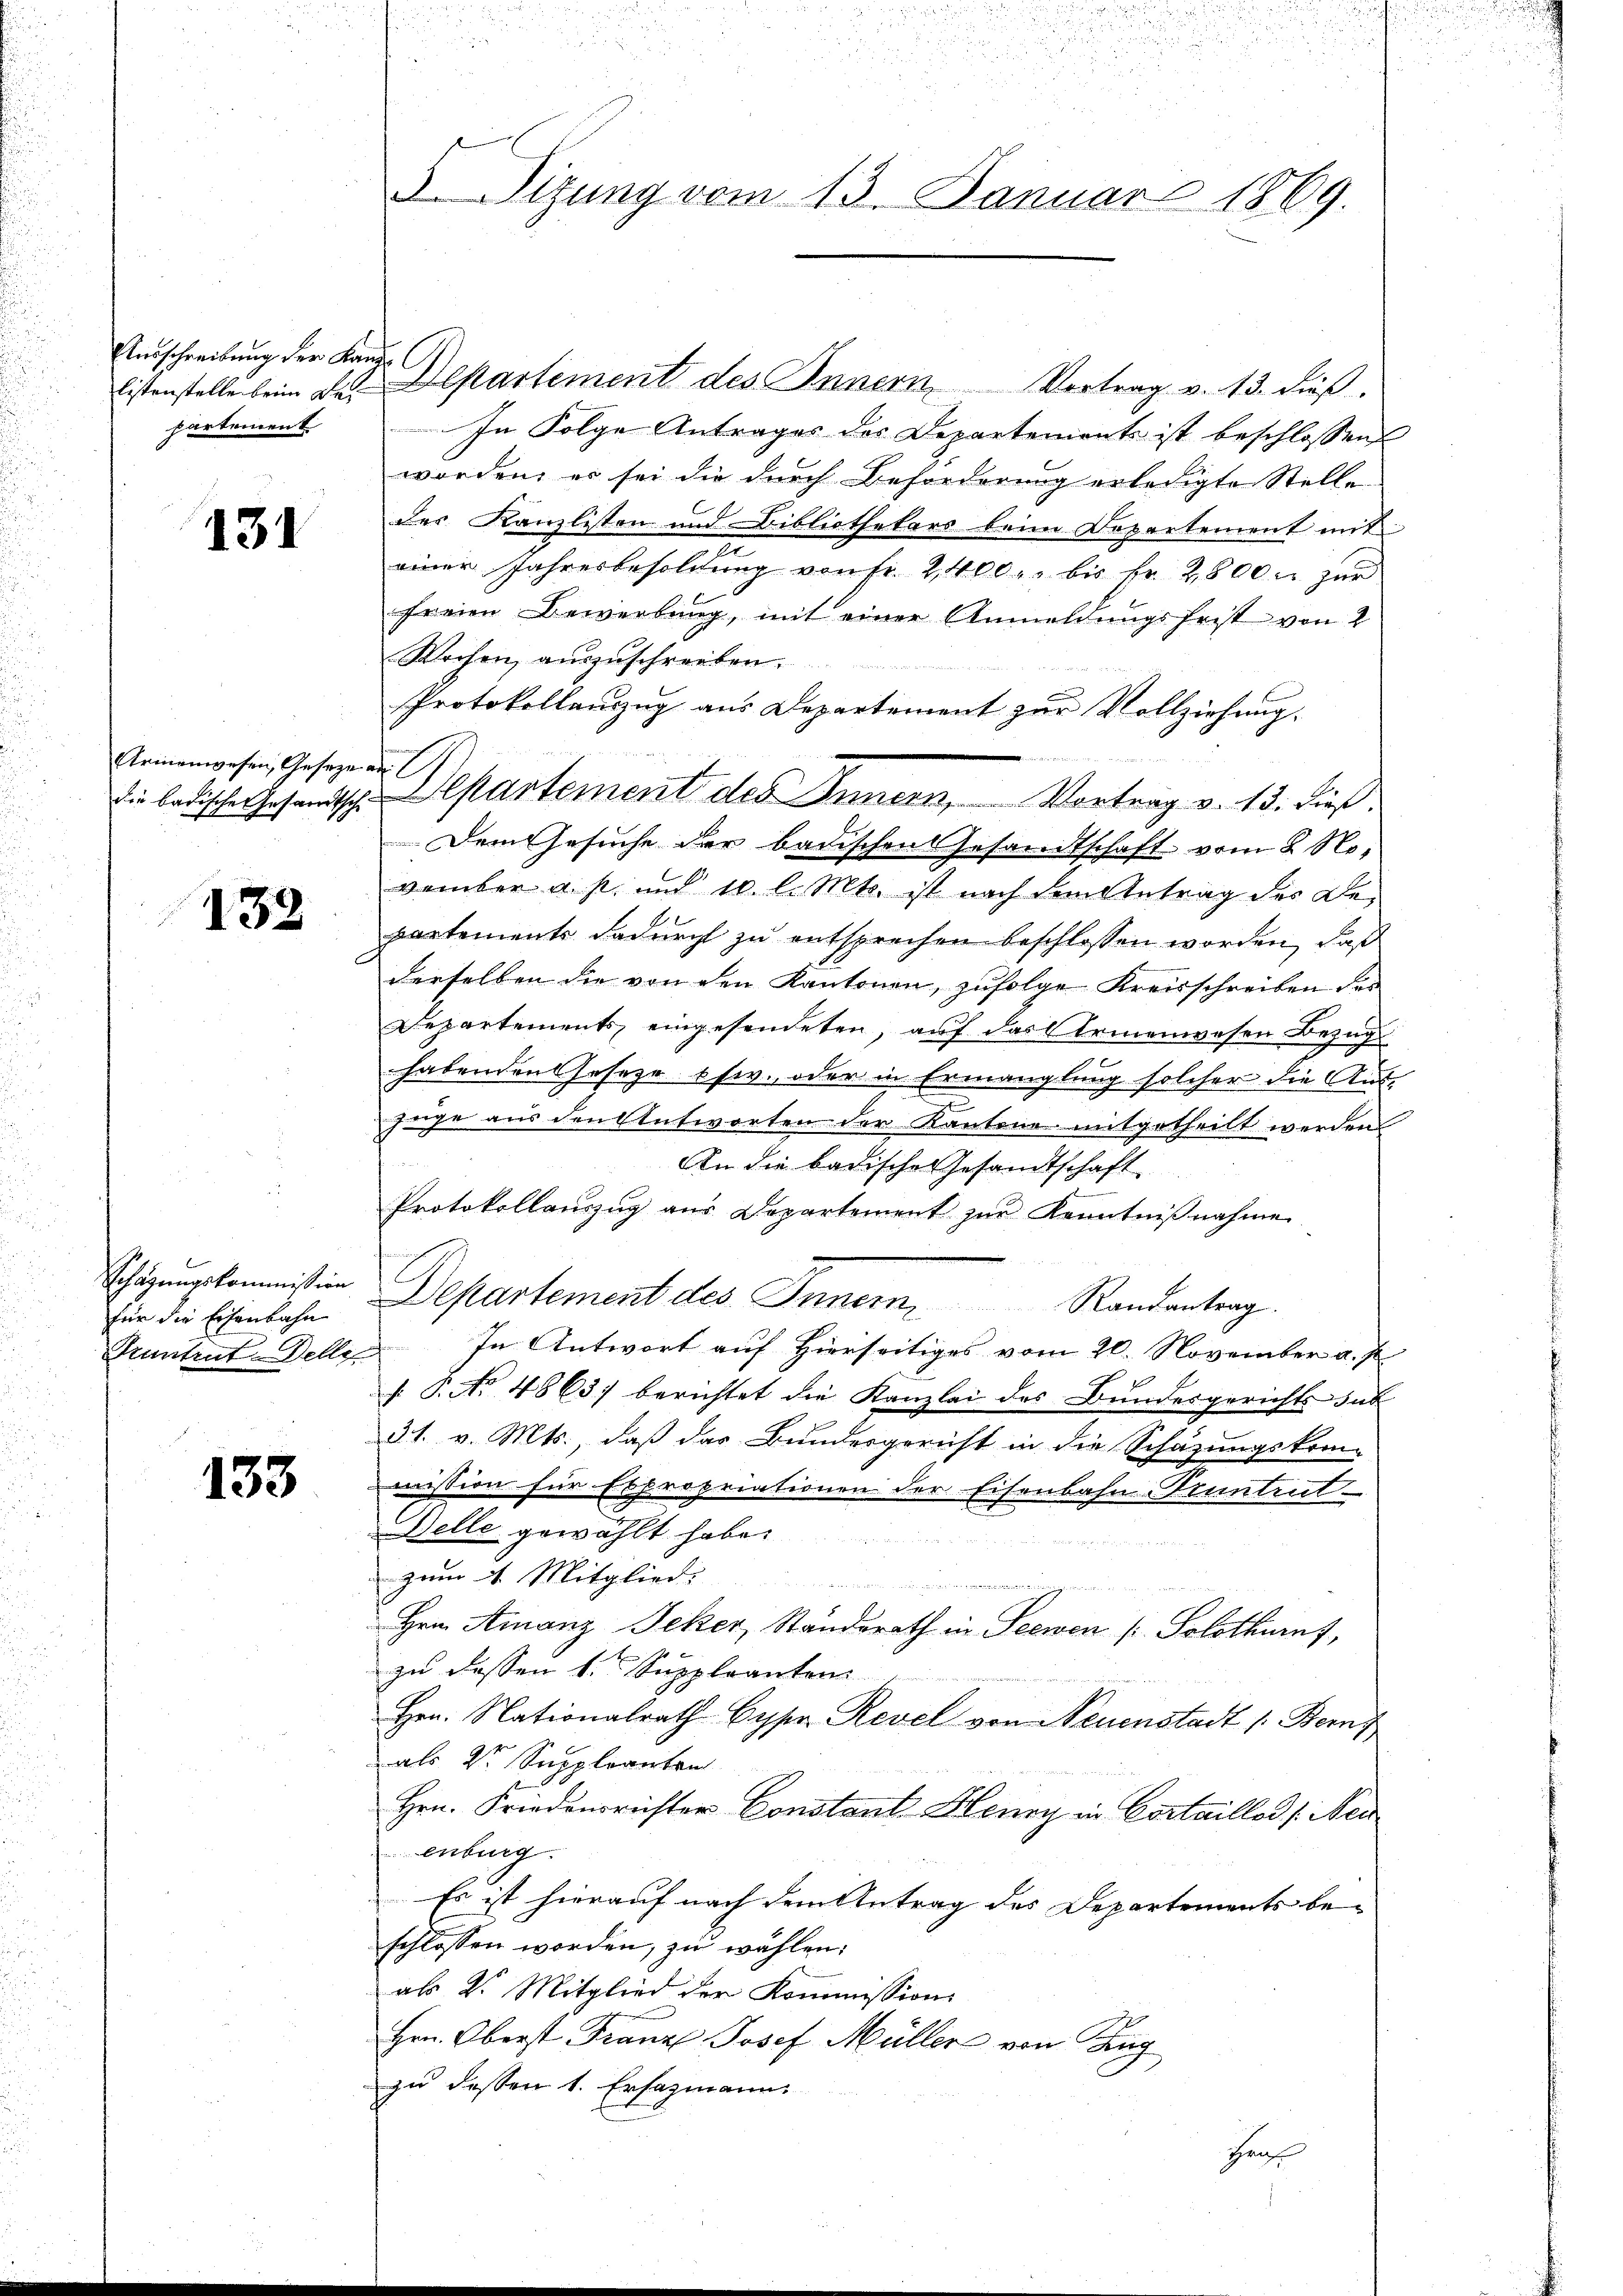
Ausschreibung der Kanzpartement.

131

Armenwesen, Gesetze an

132

Schazungskommission
für die Eisenbahn
Kuntrut Delle

133

5. Sizung vom 13. Januar 1869.

In Folge Antrages des Departements ist beschlossen
worden, es sei die durch Beförderung erledigte Stelle
der Kanzlisten und Bibliothekars beim Departement mit
einer Jahresbesoldŭng von Fr. 2400 u. bis fr. 2800. zŭr
freien Bewerbung, mit einer Anmeldungsfrist von 2
Wochen auszuschreiben.
Protokollanzug aus Departement zur Vollziehung.
Ei badischen Gesandtsche Alpartement des Innern, Vortrag v. 13. dieß
Dem Gesuche der badischen Gesandtschaft vom 8. November a. s. und 10 l. Mts. ist nach dem Antrag der Bepartements dadurch zu entsprechen beschlossen worden, daß
derselben die von den Kantonen, zufolge Kreisschreiben des
Departements eingesendeten, auf das Armenwesen Bezug
habenden Jeseze usw., oder in Ermanglung solcher die Aus-
e
züge aus den Antworten der Kantone mitgetheilt werden
An die badische Gesandtschaft
Protokollauszug aus Departement zŭr Kenntniβnahme
Departement des Innern Randantrag.
In Antwort auf Hierseitiges vom 20. November a. p.
. P. No. 4863) berichtet die Kanzlei des Bundesgerichts sub
31. v. Mts., daß das Bundesgericht in die Schazungskom-
mission für Expropriationen der Eisenbahn-Fruntrut
Delle gewählt habe.
   10
zum 4. Mitglied.
n
erung
Hrn. Amanz Jeker, Standsrath in Seewen / Solothurnf,
zu dessen 1. Suppleanten
Hrn. Nationalrath Cypr. Revel von Neuenstadt (Bern
als 2te Suppleanten
Hrn. Friedensrichter Constant Henry in Cortaillod /: Neu
enburg.
Es ist hierauf nach dem Antrag des Departements be-
schlossen worden, zu wählen.
als 2. Mitglied der Kommission
Hrn. Oberst Franz Josef Müller von Zug
zu dessen 1. Ersazmann

Listenstelle beim Dr. Departement des Innern Vertrag v. 13. dieβ.

Hra